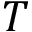
T